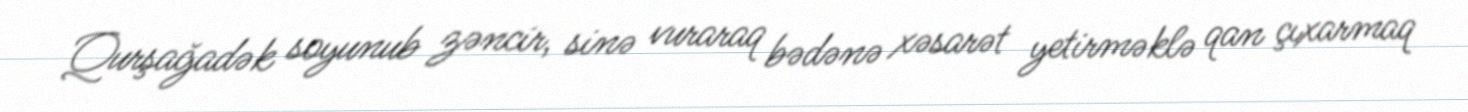
Qurşağadək soyunub zəncir, sinə vuraraq bədənə xəsarət yetirməklə qan çıxarmaq